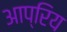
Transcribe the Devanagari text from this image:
आप्रिय